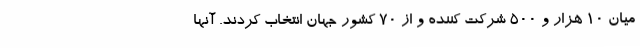
میان 10 هزار و 500 شرکت کننده و از 70 کشور جهان انتخاب کردند. آنها